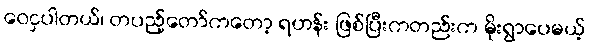
ဝေငှပါတယ်၊ တပည့်တော်ကတော့ ရဟန်း ဖြစ်ပြီးကတည်းက မိုးရွာပေမယ့်